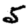
Digit: 5